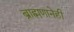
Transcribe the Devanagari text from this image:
ब्राह्मणानेही